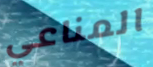
المناعي